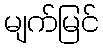
မျက်မြင်